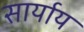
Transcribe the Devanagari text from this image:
सार्याय